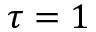
\tau = 1